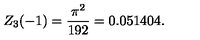
Z _ { 3 } ( - 1 ) = \frac { \pi ^ { 2 } } { 1 9 2 } = 0 . 0 5 1 4 0 4 { . }